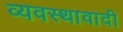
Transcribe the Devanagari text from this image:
व्यवस्थावादी